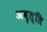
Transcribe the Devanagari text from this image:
अवृत्ति